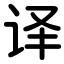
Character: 译